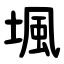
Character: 堸